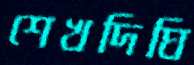
শেখদিঘি